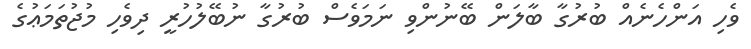
ވެހި އަންހެނެއް ބުރުގާ ބާލަން ބޭނުންވި ނަމަވެސް ބުރުގާ ނުބޭލުހުރީ ދިވެހި މުޖުތަމަޢުގެ